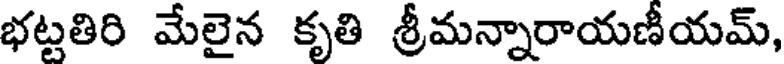
భట్టతిరి మేలైన కృతి శ్రీమన్నారాయణీయమ్,